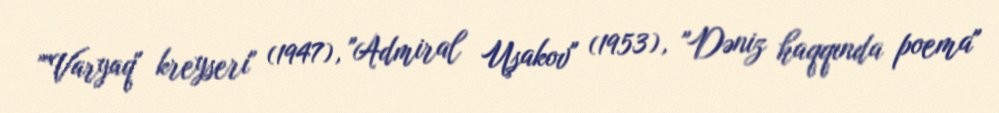
""Varyaq" kreyseri" (1947), "Admiral Uşakov" (1953), "Dəniz haqqında poema"